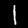
Label: 1